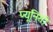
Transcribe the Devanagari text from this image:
प्यूनिसी